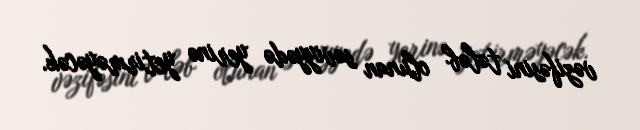
vəzifəsini tələb olunan səviyyədə yerinə yetirməyəcək.